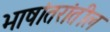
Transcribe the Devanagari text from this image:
भाषांतरांतील